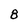
Character: 8